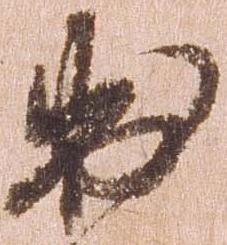
出